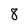
Character: 8